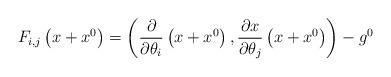
LaTeX: \begin{align*}F_{i,j}\left( x+x^{0}\right) =\left( \frac{\partial}{\partial\theta_{i}}\left( x+x^{0}\right) ,\frac{\partial x}{\partial\theta_{j}}\left(x+x^{0}\right) \right) -g^{0} \end{align*}